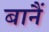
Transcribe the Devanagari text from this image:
बानैं